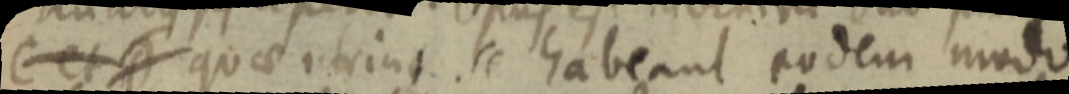
C et D quae utrinque se habeant eodem modo